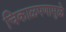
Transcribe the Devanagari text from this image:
चिकाळपणामुळे